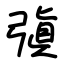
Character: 㣀